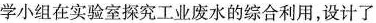
学小组在实验室探究工业废水的综合利用，设计了